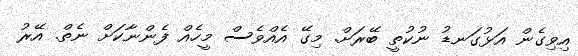
އިވިގެން އަޅުގަނޑު ނުކުތީ ބޭރަށް. މިގޭ އެއްވެސް މީހެއް ފެންނާކަށް ނެތް. އޭރު